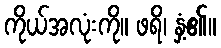
ကိုယ်အလုံးကို။ ဖရိ၊ နှံ့၏။